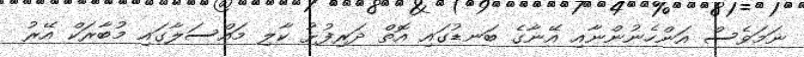
ނަމަވެސް އަންހެނުންނާއި އޭނާގެ ބަނޑުގައި އޮތް ދަރިފުޅު ކާލި މައްސަލާގައި މުބާރަކް އޭރު